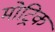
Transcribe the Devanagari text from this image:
मोट्रिक